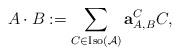
LaTeX: \begin{align*}A\cdot B := \sum_{C \in \textrm{Iso}(\mathcal{A})}\textbf{a}^C_{A,B}C,\end{align*}